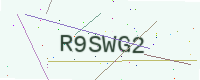
Text: R9SWG2